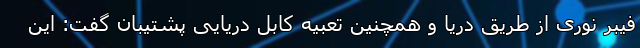
فیبر نوری از طریق دریا و همچنین تعبیه کابل دریایی پشتیبان گفت: این